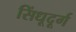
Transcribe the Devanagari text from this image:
सिंधूदूर्ग